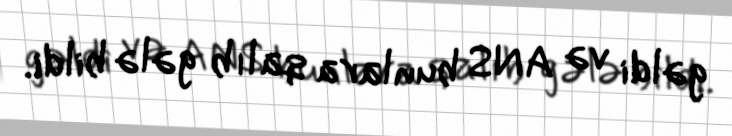
gəldi və ANS bunlara qalıb gələ bildi.